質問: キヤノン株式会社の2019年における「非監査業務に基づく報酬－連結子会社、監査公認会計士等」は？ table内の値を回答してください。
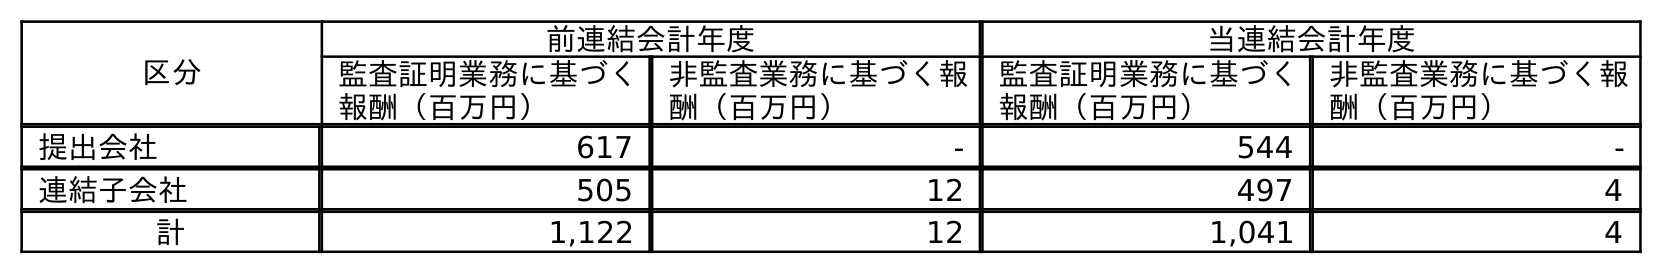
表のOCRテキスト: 区分 前連結会計年度 当連結会計年度 監査証明業務に基づく 報酬（百万円） 非監査業務に基づく報 酬（百万円） 監査証明業務に基づく 報酬（百万円） 非監査業務に基づく報 酬（百万円） 提出会社 617 - 544 - 連結子会社 505 12 497 4 計 1,122 12 1,041 4
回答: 12